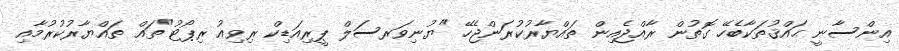
އިންސާނީ ޙައްޤުތަކާބެހޭ ގޮތުން ރާއްޖެއިން ތައްޔާރުކުރަންޖެހޭ "ޔުނިވަރސަލް ޕީރިއަޑިކް ރިވިއު ރިޕޯޓު"ތައް ތައްޔާރުކުރުމާއި